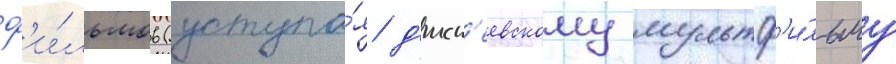
ф'и́льмов (уступа́я д'исн'еевскому мультф'и́льму